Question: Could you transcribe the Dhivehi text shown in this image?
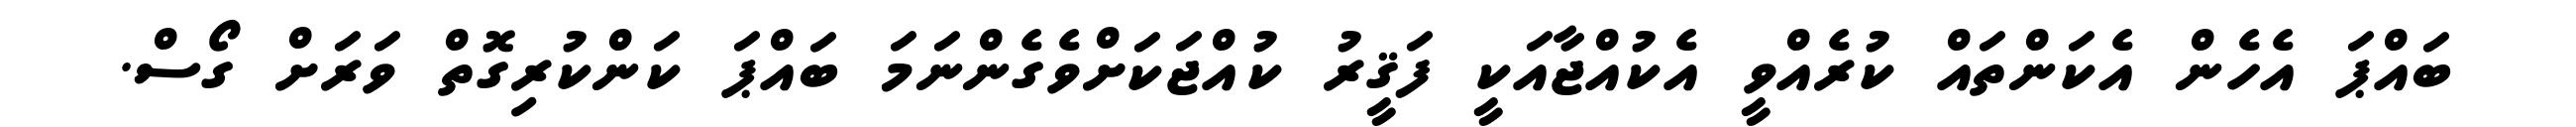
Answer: ބައްޕަ އެހެން އެކަންތައް ކުރެއްވީ އެކުއްޖާއަކީ ފަޤީރު ކުއްޖަކަށްވެގެންނަމަ ބައްޕަ ކަންކުރިގޮތް ވަރަށް ގޯސް.